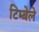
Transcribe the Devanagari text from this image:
टिम्बेले